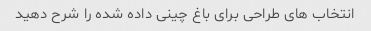
انتخاب های طراحی برای باغ چینی داده شده را شرح دهید